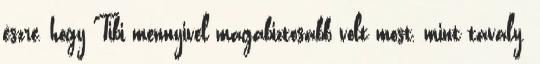
észre, hogy Tibi mennyivel magabiztosabb volt most, mint tavaly.